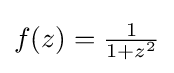
{\textstyle f(z)={\frac {1}{1+z^{2}}}}